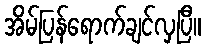
အိမ်ပြန်ရောက်ချင်လှပြီ။